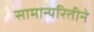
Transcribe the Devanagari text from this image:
सामान्यरितीने